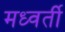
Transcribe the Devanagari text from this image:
मध्वर्ती